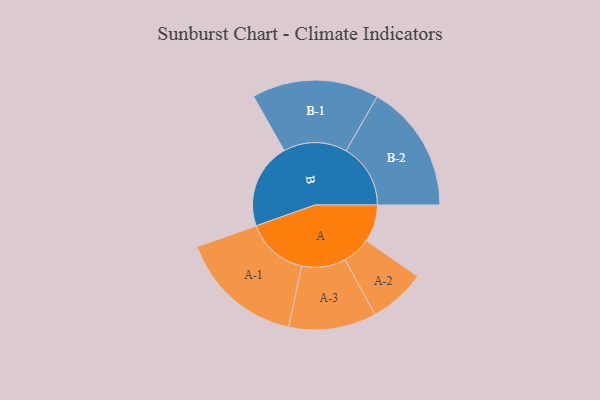
{"axis": {"x": "Segment", "y": "Value"}, "legend": ["", "A", "B"], "data": [{"x": "A", "y": 163, "type": ""}, {"x": "B", "y": 375, "type": ""}, {"x": "A-1", "y": 273, "type": "A"}, {"x": "A-2", "y": 124, "type": "A"}, {"x": "A-3", "y": 192, "type": "A"}, {"x": "B-1", "y": 278, "type": "B"}, {"x": "B-2", "y": 282, "type": "B"}]}